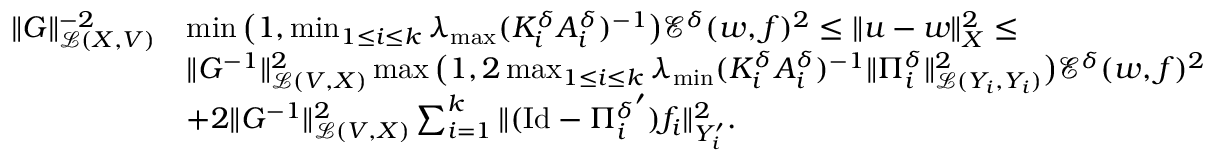
\begin{array} { r l } { \| G \| _ { \mathcal L ( X , V ) } ^ { - 2 } } & { \operatorname* { m i n } \big ( 1 , \operatorname* { m i n } _ { 1 \leq i \leq k } \lambda _ { \operatorname* { m a x } } ( K _ { i } ^ { \delta } A _ { i } ^ { \delta } ) ^ { - 1 } \big ) \mathcal E ^ { \delta } ( w , f ) ^ { 2 } \leq \| u - w \| _ { X } ^ { 2 } \leq } \\ & { \| G ^ { - 1 } \| _ { \mathcal L ( V , X ) } ^ { 2 } \operatorname* { m a x } \big ( 1 , 2 \operatorname* { m a x } _ { 1 \leq i \leq k } \lambda _ { \operatorname* { m i n } } ( K _ { i } ^ { \delta } A _ { i } ^ { \delta } ) ^ { - 1 } \| \Pi _ { i } ^ { \delta } \| _ { \mathcal L ( Y _ { i } , Y _ { i } ) } ^ { 2 } \big ) \mathcal E ^ { \delta } ( w , f ) ^ { 2 } } \\ & { + 2 \| G ^ { - 1 } \| _ { \mathcal L ( V , X ) } ^ { 2 } \sum _ { i = 1 } ^ { k } \| ( \mathrm { I d } - { \Pi _ { i } ^ { \delta } } ^ { \prime } ) f _ { i } \| _ { Y _ { i } ^ { \prime } } ^ { 2 } . } \end{array}